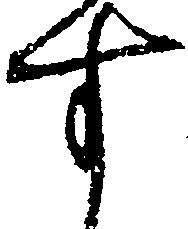
す